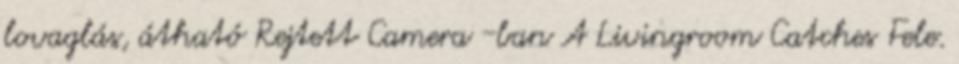
lovaglás, átható Rejtett Camera -ban A Livingroom Catches Fele.